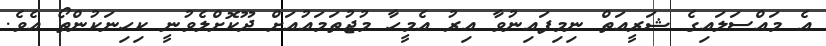
އެ މައްސަލައިގެ ޝަރީއަތް ނިމިފައިނުވާ އިރު އެމީހާ މުޖުތަމައުއަށް ދޫކޮށްލެވުނީ ކިހިނަކުންތޯ އެވެ.